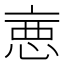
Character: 𢛫